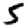
Digit: 5